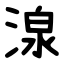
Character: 湶